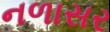
નળાસર